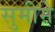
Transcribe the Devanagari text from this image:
सुमीमे